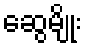
ဆွေမျိုး